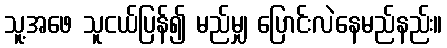
သူ့အဖေ သူငယ်ပြန်၍ မည်မျှ ပြောင်းလဲနေမည်နည်း။